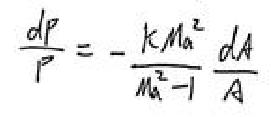
$\frac{dP}{P}=-\frac{kM_a^2}{M_a^2-1}\frac{dA}{A}$